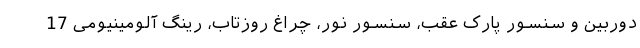
دوربین و سنسور پارک عقب، سنسور نور، چراغ روزتاب، رینگ آلومینیومی 17